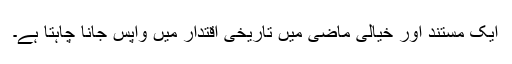
ایک مستند اور خیالی ماضی میں تاریخی اقتدار میں واپس جانا چاہتا ہے۔